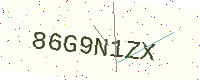
Text: 86G9N1ZX